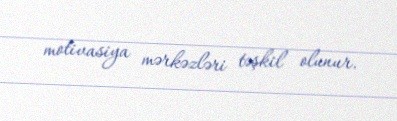
motivasiya mərkəzləri təşkil olunur.